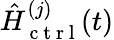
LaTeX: \hat{H}_{\mathrm{~c~t~r~l~}}^{(j)}(t)